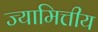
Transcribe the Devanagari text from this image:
ज्यामित्तीय